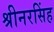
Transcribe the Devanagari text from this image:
श्रीनरसिंह